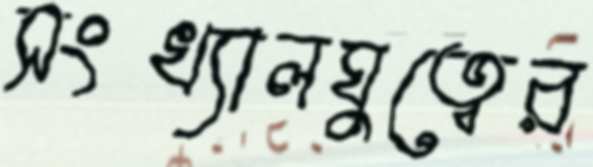
সংখ্যালঘুত্বের